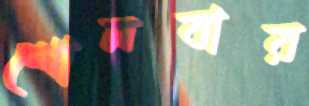
শোনবার